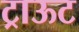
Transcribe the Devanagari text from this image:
ट्राऊट